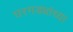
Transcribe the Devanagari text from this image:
घरगड्यांच्या